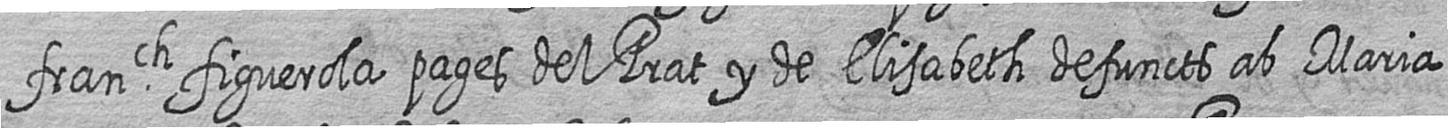
franch figuerola pages del Prat y de Elisabeth defuncts ab Maria